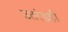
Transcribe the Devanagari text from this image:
उतरंडही